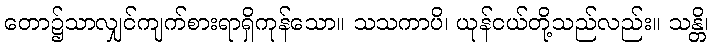
တော၌သာလျှင်ကျက်စားရာရှိကုန်သော။ သသကာပိ၊ ယုန်ငယ်တို့သည်လည်း။ သန္တိ၊